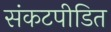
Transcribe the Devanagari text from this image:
संकटपीडित